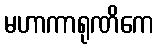
မဟာကာရုဏိကေ